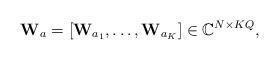
LaTeX: \begin{align*}\mathbf{W}_a = \left[\mathbf{W}_{a_1}, \ldots, \mathbf{W}_{a_K}\right] \in \mathbb{C}^{N \times KQ},\end{align*}